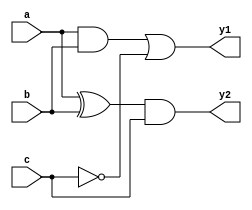
module combinational_logic (
    input wire a,      // First input
    input wire b,      // Second input
    input wire c,      // Third input
    output reg y1,     // First output
    output reg y2      // Second output
);

// Always block with sensitivity list for combinational logic
always @ (a or b or c) begin
    // Immediate assignments for outputs based on inputs
    y1 = (a & b) | (~c); // y1 is true if a AND b is true OR c is false
    y2 = (a ^ b) & c;    // y2 is true if a XOR b is true AND c is true
end

endmodule